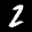
Label: 2